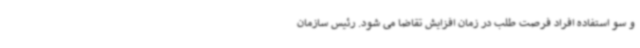
و سو استفاده افراد فرصت طلب در زمان افزایش تقاضا می شود. رئیس سازمان